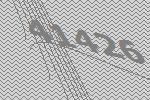
41426